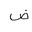
Letter: _dad